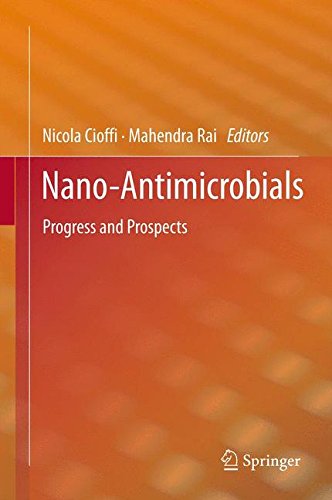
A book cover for Nano-Antimicrobials: Progress and Prospects; Science & Math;